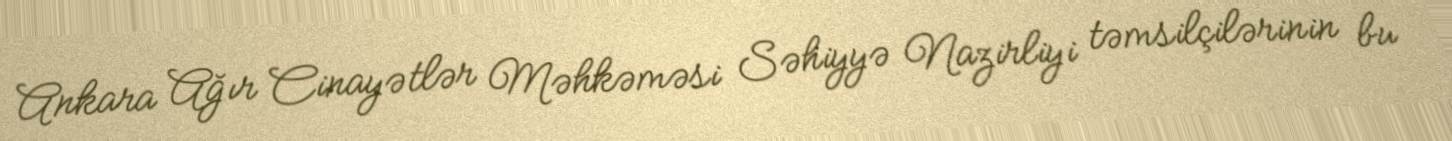
Ankara Ağır Cinayətlər Məhkəməsi Səhiyyə Nazirliyi təmsilçilərinin bu